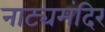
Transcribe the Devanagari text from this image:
नाट्यमंदिर